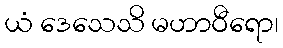
ယံ ဒေသေသိ မဟာဝီရော၊